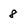
Character: 8